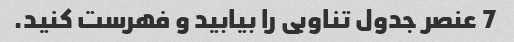
7 عنصر جدول تناوبی را بیابید و فهرست کنید.